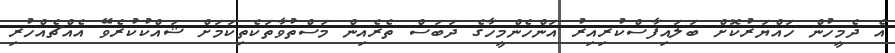
އެ ދެމީހުން ހައްޔަރުކޮށް ބަލައިފާސްކުރިއިރު އަންހެންމީހާގެ ދަބަސް ތެރެއިން މަސްތުވާތަކެތިކަމަށް ޝައްކުކުރެވޭ އެއްޗެއްހުރި